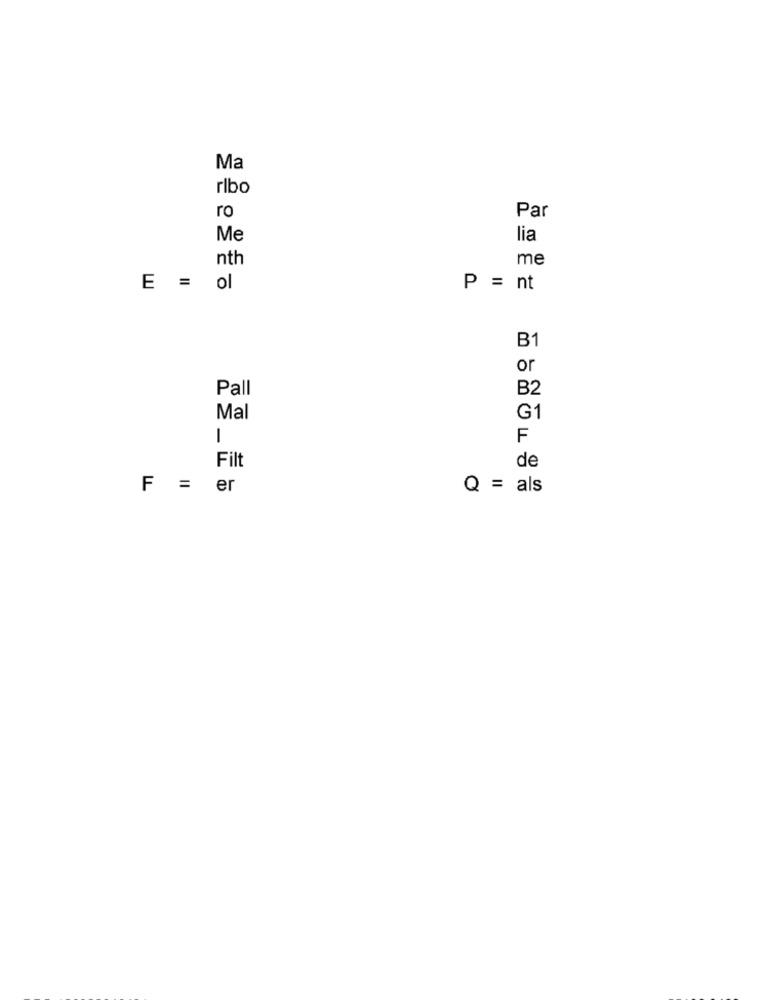
Ma
ribo
ro
Par
Me
lia
nth
me
E = ol
P = nt
B1
or
Pall
B2
Mal
G1
1
F
Filt
de
F = er
Q = als